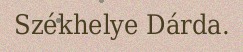
Székhelye Dárda.